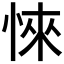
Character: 𢜞